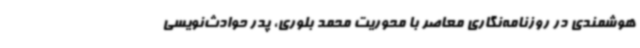
هوشمندی در روزنامه‌نگاری معاصر با محوریت محمد بلوری، پدر حوادث‌نویسی